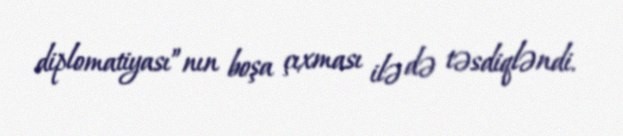
diplomatiyası”nın boşa çıxması ilə də təsdiqləndi.